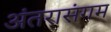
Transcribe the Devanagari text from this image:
अंतरासंगम